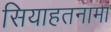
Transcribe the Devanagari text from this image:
सियाहतनामा